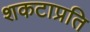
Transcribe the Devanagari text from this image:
शकटाप्रति